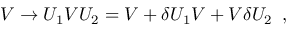
V \rightarrow U _ { 1 } V U _ { 2 } = V + \delta U _ { 1 } V + V \delta U _ { 2 } \enskip ,